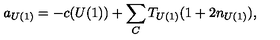
a _ { U ( 1 ) } = - c ( U ( 1 ) ) + \sum _ { C } T _ { U ( 1 ) } ( 1 + 2 n _ { U ( 1 ) } ) ,